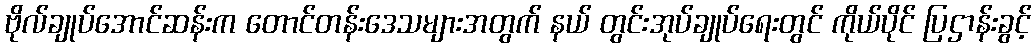
ဗိုလ်ချုပ်အောင်ဆန်းက တောင်တန်းဒေသများအတွက် နယ် တွင်းအုပ်ချုပ်ရေးတွင် ကိုယ်ပိုင် ပြဌာန်းခွင့်